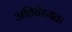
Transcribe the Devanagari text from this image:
अतिबेध्यता